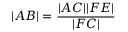
| A B | = { \frac { | A C | | F E | } { | F C | } }